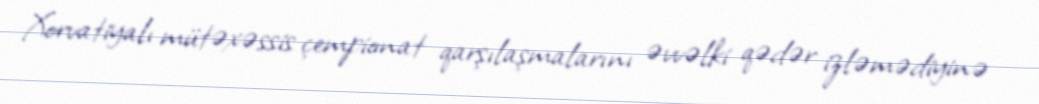
Xorvatiyalı mütəxəssis çempionat qarşılaşmalarını əvvəlki qədər izləmədiyinə